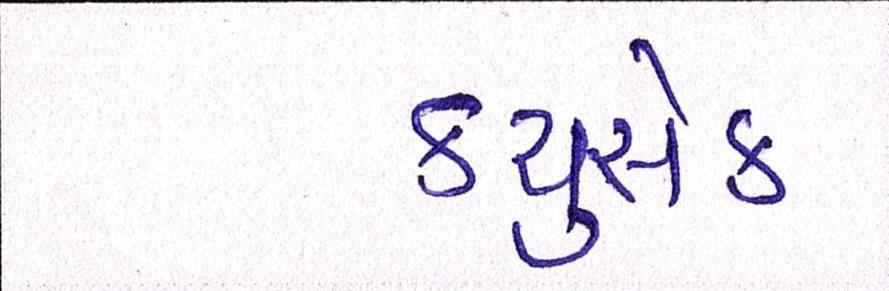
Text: ક્યુસેક